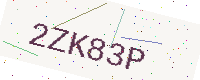
Text: 2ZK83P